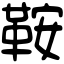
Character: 鞍